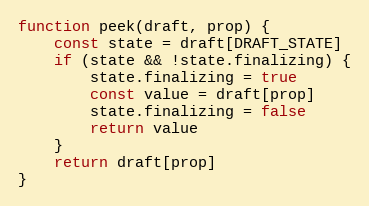
Language: JavaScript
function peek(draft, prop) {
    const state = draft[DRAFT_STATE]
    if (state && !state.finalizing) {
        state.finalizing = true
        const value = draft[prop]
        state.finalizing = false
        return value
    }
    return draft[prop]
}